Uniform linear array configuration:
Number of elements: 16
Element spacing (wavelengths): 0.75
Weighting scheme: kaiser
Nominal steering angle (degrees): -15
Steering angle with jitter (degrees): -14.429
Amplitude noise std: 0.05
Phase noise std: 0.05

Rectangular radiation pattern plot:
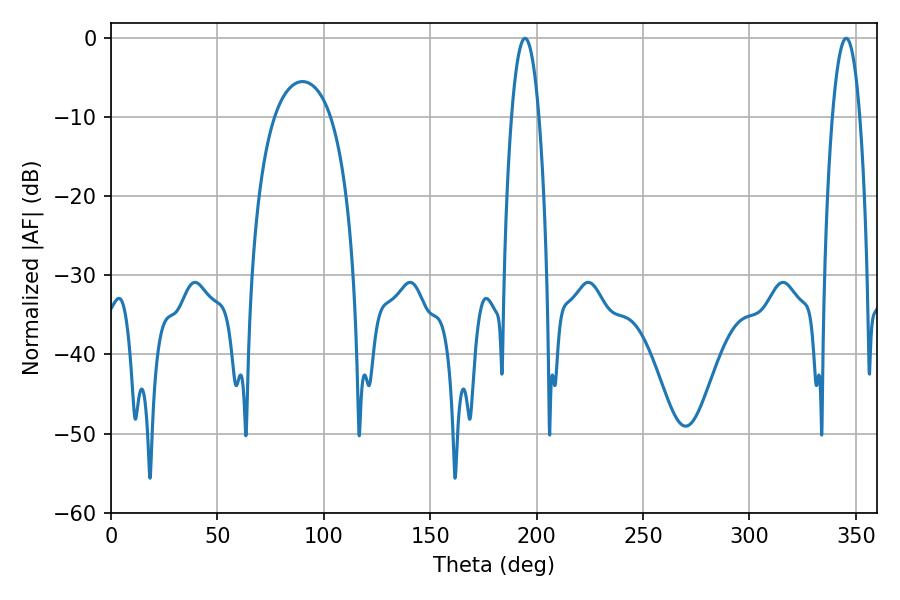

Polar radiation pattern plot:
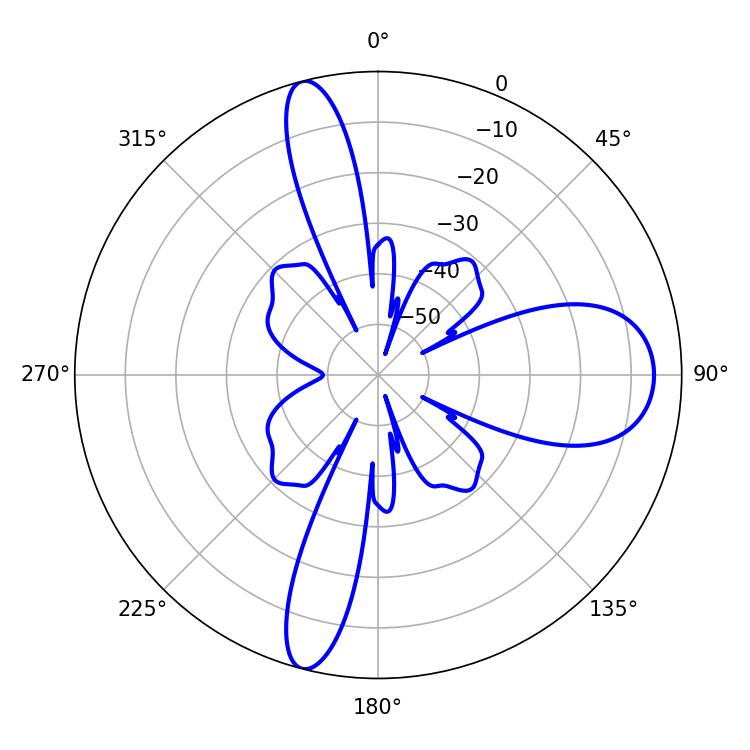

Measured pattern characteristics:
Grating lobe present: TRUE
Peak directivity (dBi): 16.755
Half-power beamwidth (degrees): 7.2
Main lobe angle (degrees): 194.58